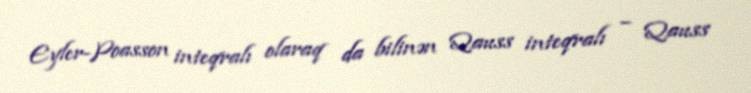
Eyler-Poasson inteqralı olaraq da bilinən Qauss inteqralı – Qauss